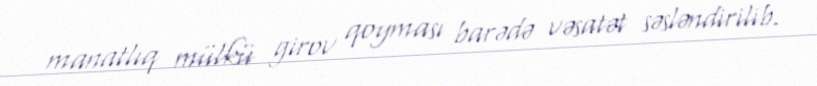
manatlıq mülkü girov qoyması barədə vəsatət səsləndirilib.